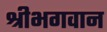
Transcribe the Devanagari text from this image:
श्रीभगवान